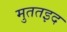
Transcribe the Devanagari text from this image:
मुततइद